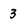
Character: 3